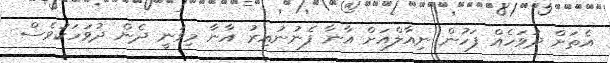
އެތަށް ދުވަހެއް ފަހުން ނިއާލްއަށް އާނާ ފެނުނުއިރު އާނާ މިވަނީ ދެން ދުވަހަކުވެސް